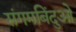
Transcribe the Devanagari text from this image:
संगमबिंदुओं